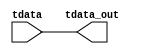
// -- (c) Copyright 2016 Xilinx, Inc. All rights reserved.        
// --                                                             
// -- This file contains confidential and proprietary information 
// -- of Xilinx, Inc. and is protected under U.S. and             
// -- international copyright and other intellectual property     
// -- laws.                                                       
// --                                                             
// -- DISCLAIMER                                                  
// -- This disclaimer is not a license and does not grant any     
// -- rights to the materials distributed herewith. Except as     
// -- otherwise provided in a valid license issued to you by      
// -- Xilinx, and to the maximum extent permitted by applicable   
// -- law: (1) THESE MATERIALS ARE MADE AVAILABLE "AS IS" AND     
// -- WITH ALL FAULTS, AND XILINX HEREBY DISCLAIMS ALL WARRANTIES 
// -- AND CONDITIONS, EXPRESS, IMPLIED, OR STATUTORY, INCLUDING   
// -- BUT NOT LIMITED TO WARRANTIES OF MERCHANTABILITY, NON-      
// -- INFRINGEMENT, OR FITNESS FOR ANY PARTICULAR PURPOSE; and    
// -- (2) Xilinx shall not be liable (whether in contract or tort,
// -- including negligence, or under any other theory of          
// -- liability) for any loss or damage of any kind or nature     
// -- related to, arising under or in connection with these       
// -- materials, including for any direct, or any indirect,       
// -- special, incidental, or consequential loss or damage        
// -- (including loss of data, profits, goodwill, or any type of  
// -- loss or damage suffered as a result of any action brought   
// -- by a third party) even if such damage or loss was           
// -- reasonably foreseeable or Xilinx had been advised of the    
// -- possibility of the same.                                    
// --                                                             
// -- CRITICAL APPLICATIONS                                       
// -- Xilinx products are not designed or intended to be fail-    
// -- safe, or for use in any application requiring fail-safe     
// -- performance, such as life-support or safety devices or      
// -- systems, Class III medical devices, nuclear facilities,     
// -- applications related to the deployment of airbags, or any   
// -- other applications that could lead to death, personal       
// -- injury, or severe property or environmental damage          
// -- (individually and collectively, "Critical                   
// -- Applications"). Customer assumes the sole risk and          
// -- liability of any use of Xilinx products in Critical         
// -- Applications, subject only to applicable laws and           
// -- regulations governing limitations on product liability.     
// --                                                             
// -- THIS COPYRIGHT NOTICE AND DISCLAIMER MUST BE RETAINED AS    
// -- PART OF THIS FILE AT ALL TIMES.                             

`timescale 1ps/1ps

module tdata_axis_broadcaster_64x2 #
  (
   parameter C_S_AXIS_TDATA_WIDTH = 8,
   parameter C_M_AXIS_TDATA_WIDTH = 8
  )
  (
   input  wire [C_S_AXIS_TDATA_WIDTH-1:0] tdata,
   output wire [C_M_AXIS_TDATA_WIDTH-1:0] tdata_out
  );
  assign tdata_out = {tdata[63:0],tdata[63:0]};
endmodule